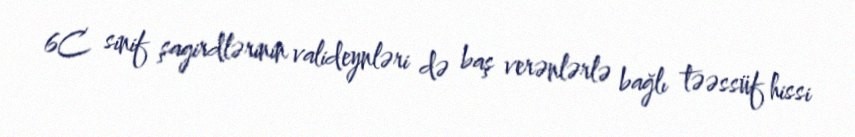
6C sinif şagirdlərinin valideynləri də baş verənlərlə bağlı təəssüf hissi